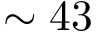
\sim 4 3